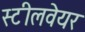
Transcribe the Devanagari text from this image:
स्टीलवेयर